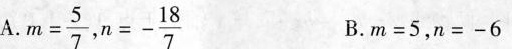
A. $$ m = \frac{5}{7} $$ $$ n = - \frac{18}{7} $$ B. m = 5，n = - 6